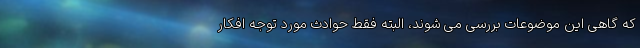
که گاهی این موضوعات بررسی می شوند، البته فقط حوادث مورد توجه افکار